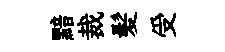
黯裁髪受